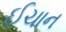
ઈચાન